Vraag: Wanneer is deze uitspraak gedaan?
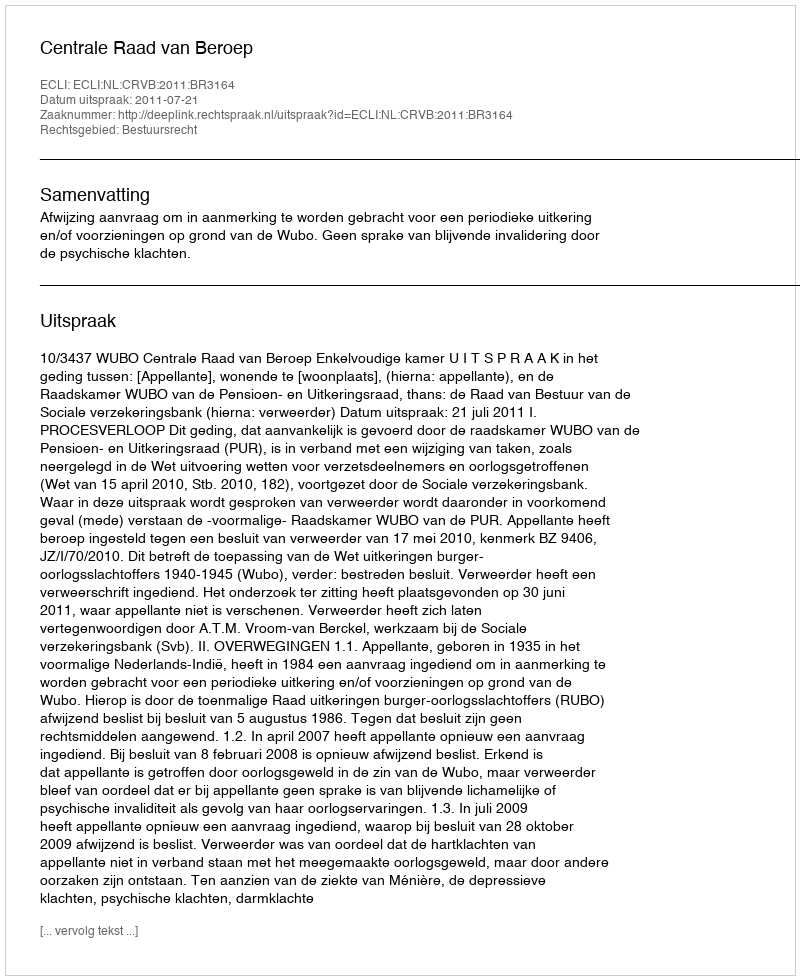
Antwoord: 2011-07-21